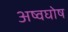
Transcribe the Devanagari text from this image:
अष्वघोष